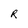
Character: R